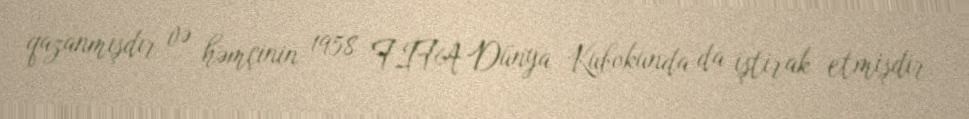
qazanmışdır və həmçinin 1958 FİFA Dünya Kubokunda da iştirak etmişdir.